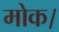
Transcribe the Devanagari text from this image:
मोक।